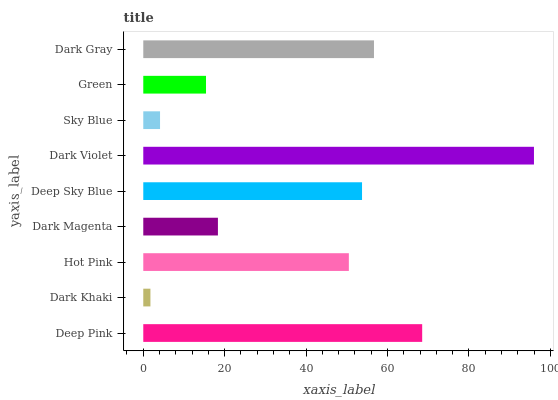
| yaxis_label | bars |
 | --- | --- |
 | Deep Pink | 68.5 |
 | Dark Khaki | 1.76 |
 | Hot Pink | 50.5 |
 | Dark Magenta | 18.3 |
 | Deep Sky Blue | 53.7 |
 | Dark Violet | 96 |
 | Sky Blue | 4.12 |
 | Green | 15.4 |
 | Dark Gray | 56.7 |